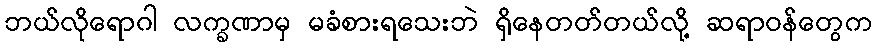
ဘယ်လိုရောဂါ လက္ခဏာမှ မခံစားရသေးဘဲ ရှိနေတတ်တယ်လို့ ဆရာဝန်တွေက